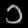
Digit: ၁